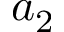
a _ { 2 }